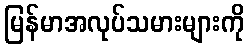
မြန်မာအလုပ်သမားများကို